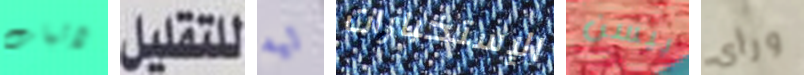
لاثبات للتقليل ليه الإستخبارات بيسن ورأى